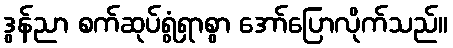
ဒွန်ညာ စက်ဆုပ်ရွံရှာစွာ အော်ပြောလိုက်သည်။